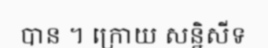
បាន ។ ក្រោយ សន្និសីទ